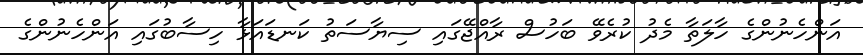
އަންހެނުންގެ ހާލަތާ މެދު ކުރެވޭ ބަހުސް ރާއްޖޭގައި ސިޔާސަތު ކަނޑައަޅާ ހިސާބުގައި އަންހެނުންގެ